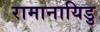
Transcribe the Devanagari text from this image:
रामानायिडु